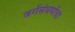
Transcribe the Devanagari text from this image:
वर्गसंघर्षाचा